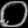
Digit: ၀